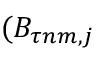
( B _ { \tau n m , j }